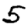
Digit: 5